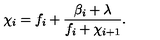
\chi _ { i } = f _ { i } + \frac { \beta _ { i } + \lambda } { f _ { i } + \chi _ { i + 1 } } .